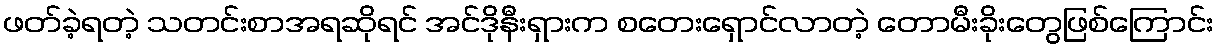
ဖတ်ခဲ့ရတဲ့ သတင်းစာအရဆိုရင် အင်ဒိုနီးရှားက စတေးရှောင်လာတဲ့ တောမီးခိုးတွေဖြစ်ကြောင်း